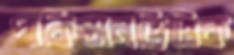
পাকিস্তানভিত্তিক